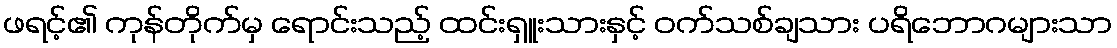
ဖရင့်၏ ကုန်တိုက်မှ ရောင်းသည့် ထင်းရှူးသားနှင့် ဝက်သစ်ချသား ပရိဘောဂများသာ